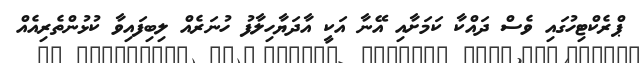
ޕްރެކްޓިހުގައި ވެސް ދައްކާ ކަމަށާއި އޭނާ އަކީ އާދަޔާހިލާފު ހުނަރެއް ލިބިފައިވާ ކުޅުންތެރިއެއް